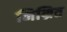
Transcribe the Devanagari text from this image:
निम्रित